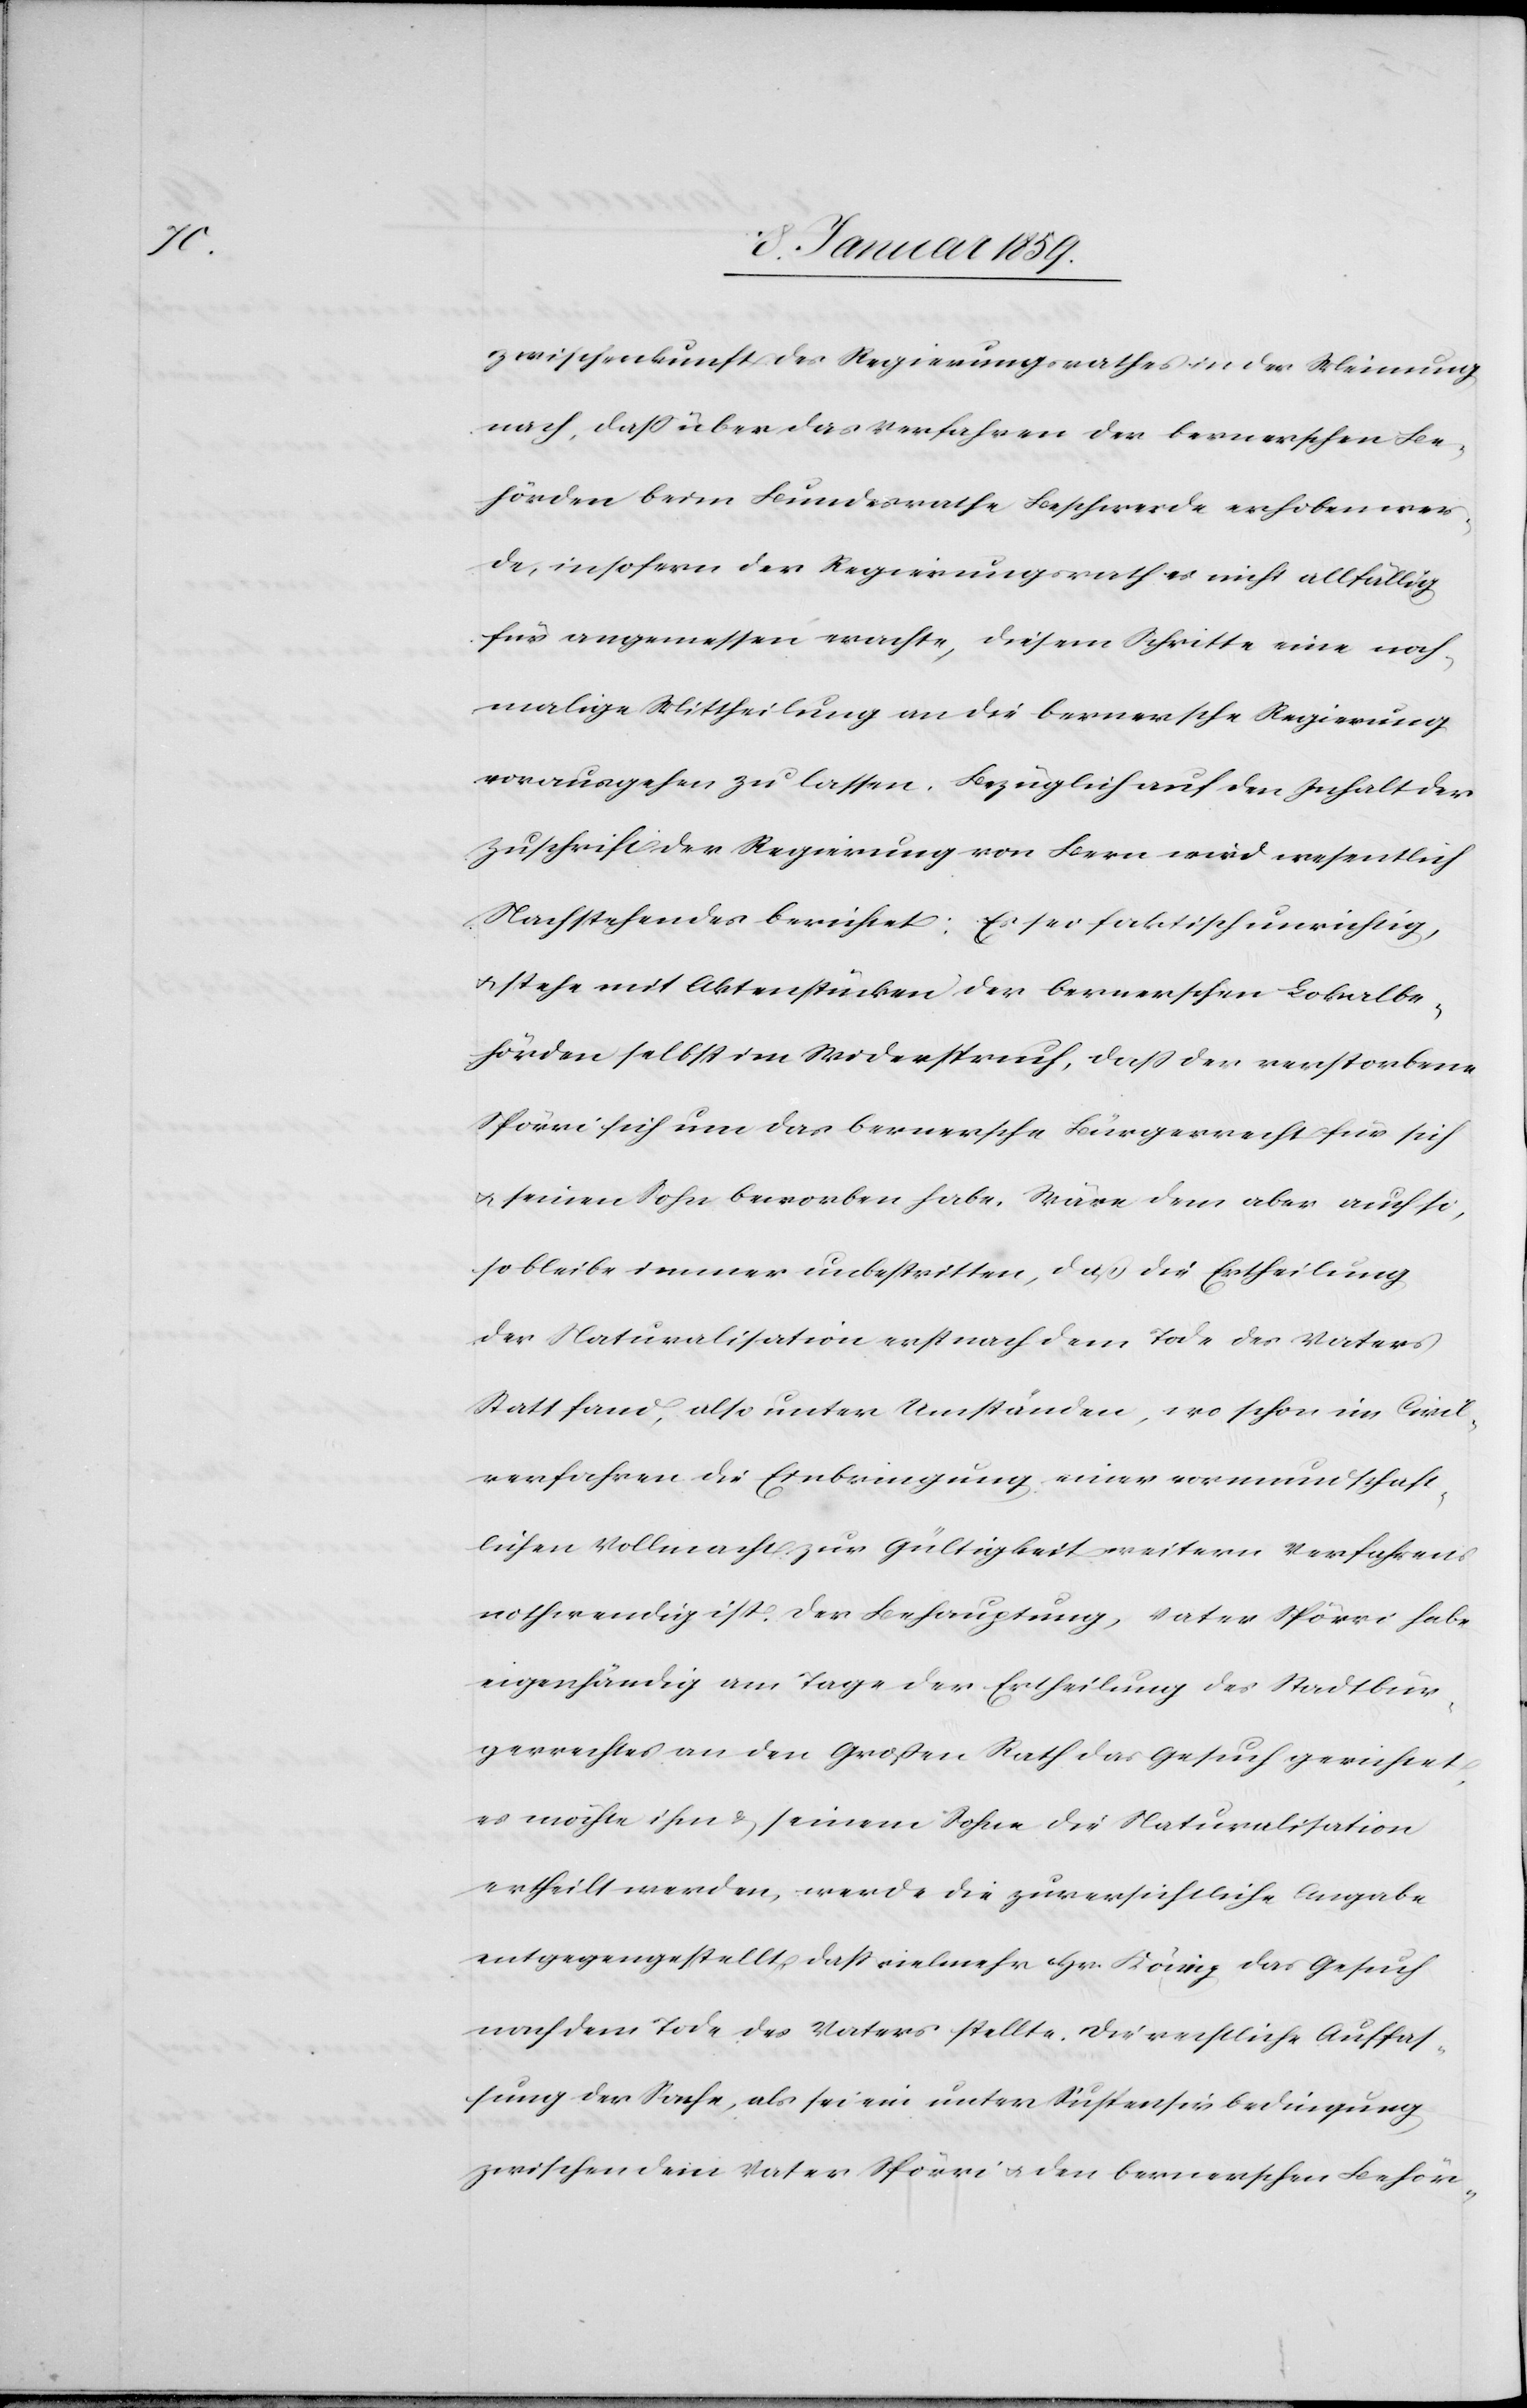
zwischenkunft des Regierungsrathes in der Meinung
nach, daß über das Verfahren der bernerschen Be¬
hörden beim Bundesrathe Beschwerde erhoben wer¬
de, insofern der Regierungsrath es nicht allfällig
für angemessen erachte, diesem Schritte eine noch¬
malige Mittheilung an die bernersche Regierung
vorausgehen zu lassen. Bezüglich auf den Inhalt der
Zuschrift der Regierung von Bern wird wesentlich
Nachstehendes berichtet: Es sei faktisch unwichtig,
u. stehe mit Aktenstücken der bernerschen Lokalbe¬
hörden selbst im Widerspruch, daß der verstorbene
Spörri sich um das bernersche Bürgerrecht für sich
u. seinen Sohn beworben habe. Wäre dem aber auch so,
so bleibe immer unbestritten, daß die Ertheilung
der Naturalisation erst nach dem Tode des Vaters
Statt fand, also unter Umständen, wo schon im Civil¬
verfahren die Einbringung einer vormundschaft¬
lichen Vollmacht zur Gültigkeit weitern Verfahrens
nothwendig ist. Der Behauptung, Vater Spörri habe
eigenhändig am Tage der Ertheilung des Stadtbür¬
gerrechtes an den Großen Rath das Gesuch gerichtet,
es möchte ihm & seinem Sohne die Naturalisation
ertheilt werden, werde die zuversichtliche Angabe
entgegengestellt, daß vielmehr Hr. König das Gesuch
nach dem Tode des Vaters stellte. Die rechtliche Auffas¬
sung der Sache, als sei ein unter Suspensivbedingung
zwischen dem Vater Spörri u. den bernerschen Behör-